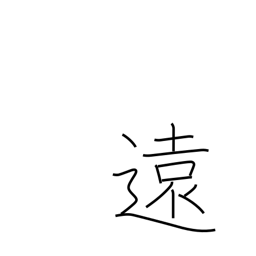
Meaning: distant